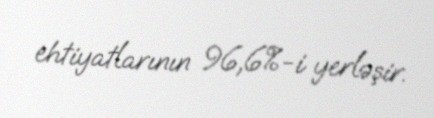
ehtiyatlarının 96,6%-i yerləşir.